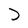
Character: D